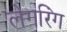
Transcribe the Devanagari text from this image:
लेगरिंग